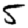
Digit: 5